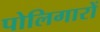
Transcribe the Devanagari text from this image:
पोलिगारों